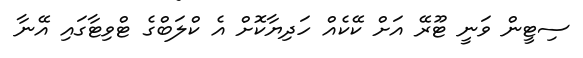
ސިޓީން ވަނީ ޓޫރޭ އަށް ކޭކެއް ހަދިޔާކޮށް އެ ކްލަބްގެ ޓްވިޓާގައި އޭނާ